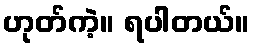
ဟုတ်ကဲ့။ ရပါတယ်။